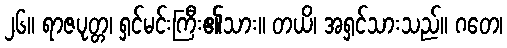
၂၆။ ရာဇပုတ္တ၊ ရှင်မင်းကြီး၏သား။ တယိ၊ အရှင်သားသည်။ ဂတေ၊